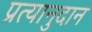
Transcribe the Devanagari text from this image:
प्रत्यानुदान